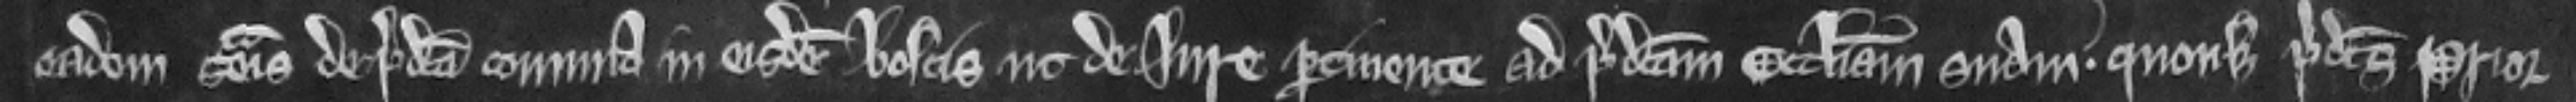
eadem seisina de predicta comuna in eisdem boscis ut de Iure pertinente ad predictam ecclesiam suam. quousque predictus Prior